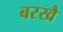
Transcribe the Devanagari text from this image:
बरखै